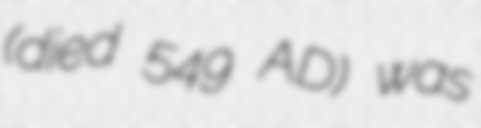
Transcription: (died 549 AD) was